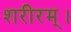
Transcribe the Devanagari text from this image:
शरीरम्।